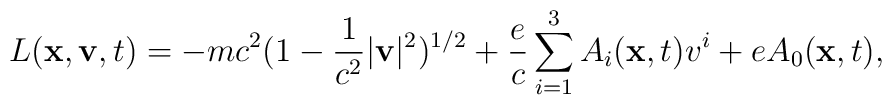
L({\bf x},{\bf v},t) = - mc^{2}(1 - \frac{1}{c^{2}} |{\bf v}|^{2})^{1/2} +\frac{e}{c} \sum_{i = 1}^{3} A_{i}({\bf x},t)v^{i} + eA_{0}({\bf x},t),